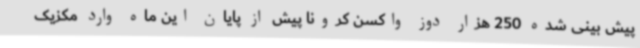
پیش بینی شده 250 هزار دوز واکسن کرونا پیش از پایان این ماه وارد مکزیک